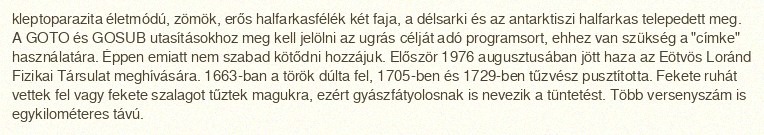
kleptoparazita életmódú, zömök, erős halfarkasfélék két faja, a délsarki és az antarktiszi halfarkas telepedett meg. A GOTO és GOSUB utasításokhoz meg kell jelölni az ugrás célját adó programsort, ehhez van szükség a "címke" használatára. Éppen emiatt nem szabad kötődni hozzájuk. Először 1976 augusztusában jött haza az Eötvös Loránd Fizikai Társulat meghívására. 1663-ban a török dúlta fel, 1705-ben és 1729-ben tűzvész pusztította. Fekete ruhát vettek fel vagy fekete szalagot tűztek magukra, ezért gyászfátyolosnak is nevezik a tüntetést. Több versenyszám is egykilométeres távú.